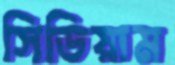
সিডিয়াম